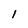
Character: I